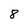
Character: 8